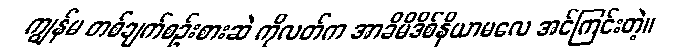
ကျွန်မ တစ်ချက်စဉ်းစားဆဲ ကိုလတ်က အာခိမိဒိစ်နိယာမလေ အင်ကြင်းတဲ့။